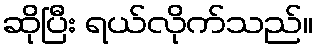
ဆိုပြီး ရယ်လိုက်သည်။